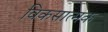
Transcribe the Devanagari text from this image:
विकसात्मक